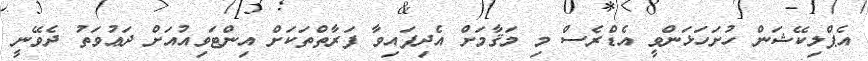
އެޕްލިކޭޝަން ހުށަހަޅަންވީ އެޑްރެސް މި މަޤާމަށް އެދިފައިވާ ފަރާތްތަކަށް އިންޓަވިއުއަށް ދަޢުވަތު ދެވޭނީ